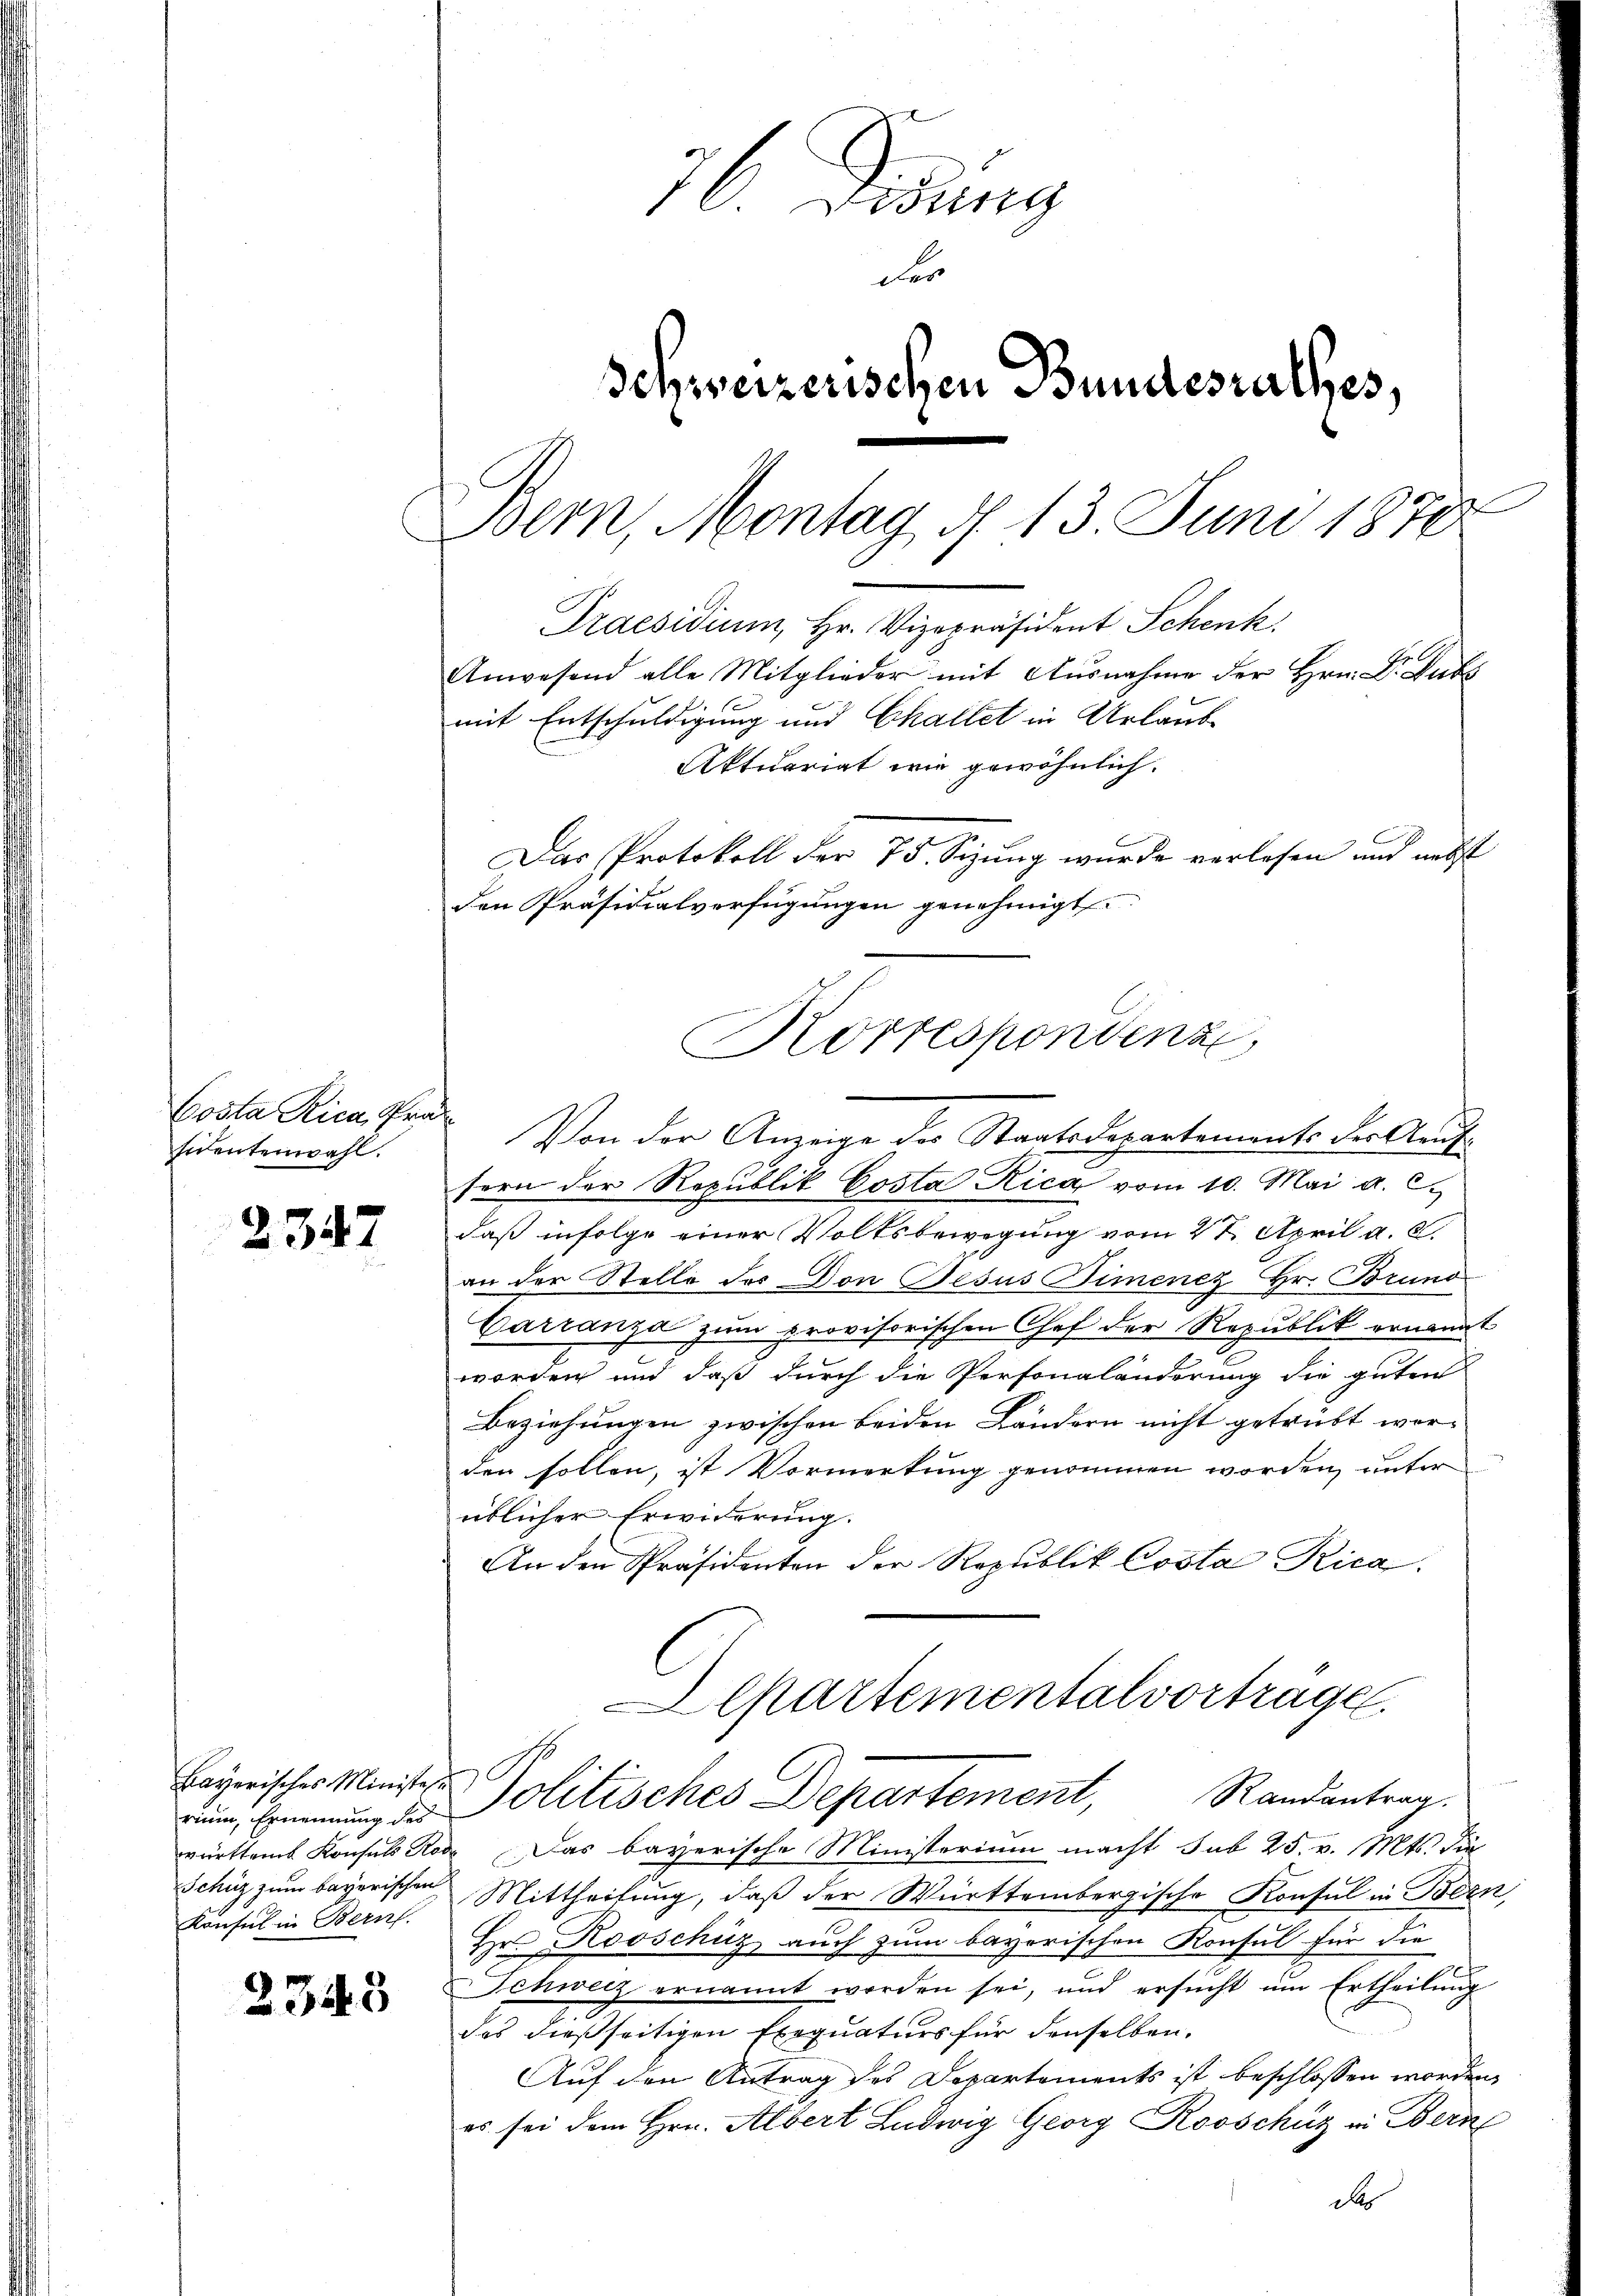
Costa Rica, Präsidentenwahl.

2347

rium, Ernennung des
Konsul in Bern.

2343

76 Firung
der
Schweizerischen Bundesrathes,
1
Bern, Montag d. 13. Juni 1870
Praesidium, Hr. Vizepräsident Schenk
Anwesend alle Mitglieder mit Ausnahme der Hrn. Dr Subs
mit Entschuldigung und Challet in Urlaub
Aktuariat wie gewöhnlich.
Das Protokoll der 75. Sizung wurde verlesen und nebst
den Präsidialverfügungen genehmigt.

sern der Republik Costa Rica vom 10. Mai a. c.
daß infolge einer Volksbewegung vom 27. April a. c.
an der Stelle des Don Jesus Dimenez Hr. Bruno
Carranza zum provisorischen Chef der Republik ernannt
worden und daß durch die Personaländerung die guten
Beziehungen zwischen beiden Ländern nicht getrübt wor-
den sollen, ist Vormerkung genommen worden, unter
üblicher Erwiderung.
An den Präsidenten der Republik Costa Rica.
Departementalvorträge.
Bezwischer Minister Politisches Departement,
Randantrag.
württem Konsuls Rode. Das bayerische Ministerium macht sub 25. v. Mts. die
Schüz zum bayerischen Mittheilung, daβ der Württembergische Konsul in Bern,
Hr. Rooschüz auch zum bayerischen Konsul für die
Schweiz ernannt worden sei, und ersŭcht um Ertheilung
.
das dießseitigen Exequaturs für denselben.
Auf den Antrag des Departements ist beschlossen worden,
es sei dem Hrn. Albert Ludwig Georg Rooschütz in Bern
d

Korrespondenz
Von der Anzeige des Staatsdepartements der Aufs